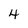
Character: 4